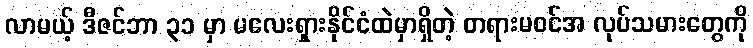
လာမယ့် ဒီဇင်ဘာ ၃၁ မှာ မလေးရှားနိုင်ငံထဲမှာရှိတဲ့ တရားမဝင်အ လုပ်သမားတွေကို